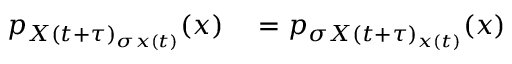
\begin{array} { r l } { p _ { X ( t + \tau ) _ { \sigma x ( t ) } } ( x ) } & { { } = p _ { \sigma X ( t + \tau ) _ { x ( t ) } } ( x ) } \end{array}